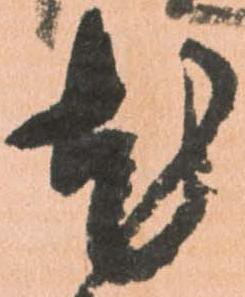
尤